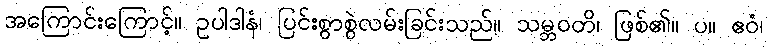
အကြောင်းကြောင့်။ ဥပါဒါနံ၊ ပြင်းစွာစွဲလမ်းခြင်းသည်။ သမ္ဘဝတိ၊ ဖြစ်၏။ ပ။ ဧဝံ၊